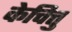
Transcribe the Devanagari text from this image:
केचित्तु